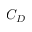
C _ { D }